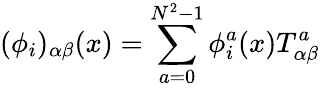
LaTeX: (\phi_{i})_{\alpha\beta}(x)=\sum_{a=0}^{N^{2}-1}\phi_{i}^{a}(x)T_{\alpha\beta}^{a}